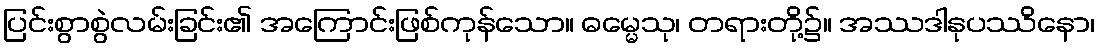
ပြင်းစွာစွဲလမ်းခြင်း၏ အကြောင်းဖြစ်ကုန်သော။ ဓမ္မေသု၊ တရားတို့၌။ အဿဒါနုပဿိနော၊